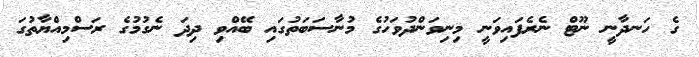
ގެ ހަނދާނީ ނޫޓް ނެރެފައިވަނީ މިނިވަންދުވަހުގެ މުނާސަބަތުގައި ބޭއްވި ދިދަ ނެގުމުގެ ރަސްމިއްޔާތުގަ